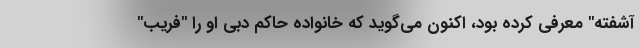
آشفته" معرفی کرده بود، اکنون می‌گوید که خانواده حاکم دبی او را "فریب"